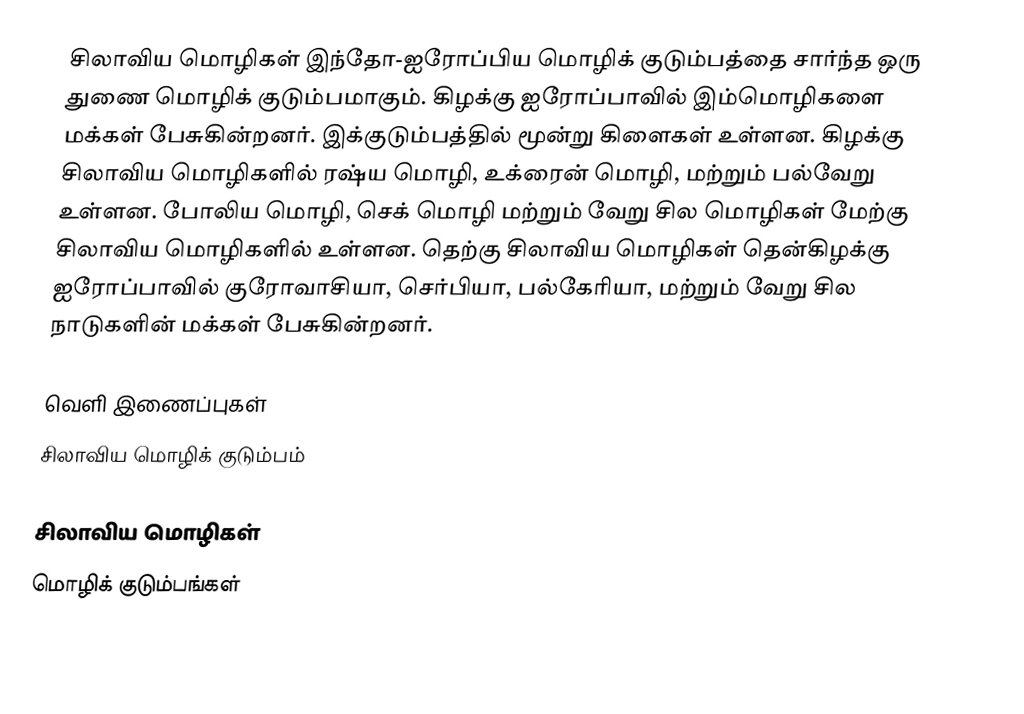
சிலாவிய மொழிகள் இந்தோ-ஐரோப்பிய மொழிக் குடும்பத்தை சார்ந்த ஒரு துணை மொழிக் குடும்பமாகும். கிழக்கு ஐரோப்பாவில் இம்மொழிகளை மக்கள் பேசுகின்றனர். இக்குடும்பத்தில் மூன்று கிளைகள் உள்ளன. கிழக்கு சிலாவிய மொழிகளில் ரஷ்ய மொழி, உக்ரைன் மொழி, மற்றும் பல்வேறு உள்ளன. போலிய மொழி, செக் மொழி மற்றும் வேறு சில மொழிகள் மேற்கு சிலாவிய மொழிகளில் உள்ளன. தெற்கு சிலாவிய மொழிகள் தென்கிழக்கு ஐரோப்பாவில் குரோவாசியா, செர்பியா, பல்கேரியா, மற்றும் வேறு சில நாடுகளின் மக்கள் பேசுகின்றனர்.

வெளி இணைப்புகள்
 சிலாவிய மொழிக் குடும்பம்

சிலாவிய மொழிகள்
மொழிக் குடும்பங்கள்